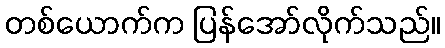
တစ်ယောက်က ပြန်အော်လိုက်သည်။